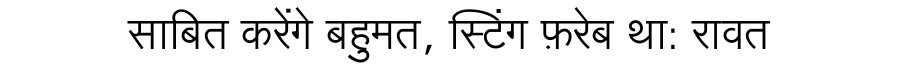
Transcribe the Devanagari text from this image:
साबित करेंगे बहुमत, स्टिंग फ़रेब था: रावत